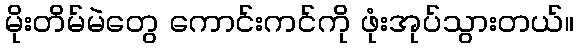
မိုးတိမ်မဲတွေ ကောင်းကင်ကို ဖုံးအုပ်သွားတယ်။